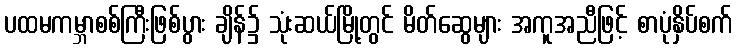
ပထမကမ္ဘာစစ်ကြီးဖြစ်ပွား ချိန်၌ သုံးဆယ်မြို့တွင် မိတ်ဆွေများ အကူအညီဖြင့် စာပုံနှိပ်စက်